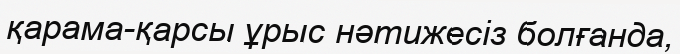
қарама-қарсы ұрыс нәтижесіз болғанда,